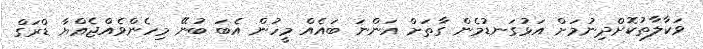
ވަކާލާތުކޮށްދިނުމަށް އަޅުގަނޑުމެން ގާތަށް އަންނަ ބައެއް މީހުން އެބަ ބުނޭ މިހެންވެއްޖެއްޔާ ޑްރަގް